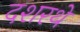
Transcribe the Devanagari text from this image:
दशरथे